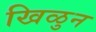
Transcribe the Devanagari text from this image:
खिळुन